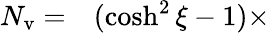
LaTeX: \begin{array}{rl}{N_{\mathrm{v}}=}&{{}(\cosh^{2}\xi-1)\times}\end{array}